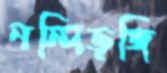
নন্দিভৃঙ্গি